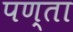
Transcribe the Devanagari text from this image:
पण्ता